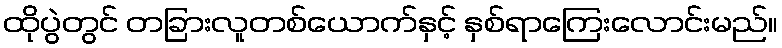
ထိုပွဲတွင် တခြားလူတစ်ယောက်နှင့် နှစ်ရာကြေးလောင်းမည်။